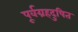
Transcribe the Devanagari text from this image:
पूर्वग्रहदुषित